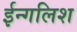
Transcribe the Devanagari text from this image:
ईन्गलिश